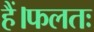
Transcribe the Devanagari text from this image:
हैं।फलतः